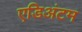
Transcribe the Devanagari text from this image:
एडिअंटम